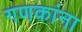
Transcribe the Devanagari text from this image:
गणकांना